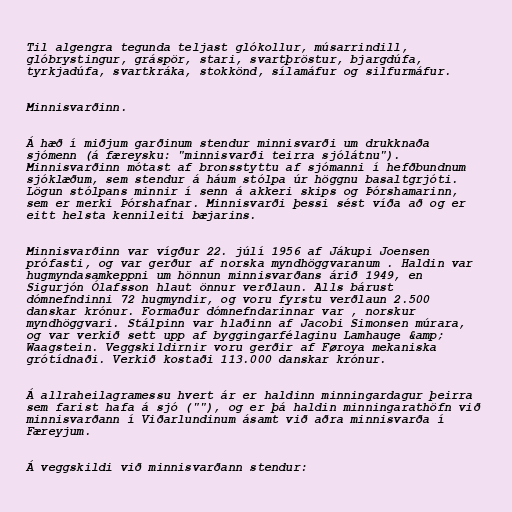
Til algengra tegunda teljast glókollur, músarrindill,
glóbrystingur, gráspör, stari, svartþröstur, bjargdúfa,
tyrkjadúfa, svartkráka, stokkönd, sílamáfur og silfurmáfur.

Minnisvarðinn.

Á hæð í miðjum garðinum stendur minnisvarði um drukknaða
sjómenn (á færeysku: "minnisvarði teirra sjólátnu").
Minnisvarðinn mótast af bronsstyttu af sjómanni í hefðbundnum
sjóklæðum, sem stendur á háum stólpa úr höggnu basaltgrjóti.
Lögun stólpans minnir í senn á akkeri skips og Þórshamarinn,
sem er merki Þórshafnar. Minnisvarði þessi sést víða að og er
eitt helsta kennileiti bæjarins.

Minnisvarðinn var vígður 22. júlí 1956 af Jákupi Joensen
prófasti, og var gerður af norska myndhöggvaranum . Haldin var
hugmyndasamkeppni um hönnun minnisvarðans árið 1949, en
Sigurjón Ólafsson hlaut önnur verðlaun. Alls bárust
dómnefndinni 72 hugmyndir, og voru fyrstu verðlaun 2.500
danskar krónur. Formaður dómnefndarinnar var , norskur
myndhöggvari. Stálpinn var hlaðinn af Jacobi Simonsen múrara,
og var verkið sett upp af byggingarfélaginu Lamhauge &amp;
Waagstein. Veggskildirnir voru gerðir af Føroya mekaniska
grótídnaði. Verkið kostaði 113.000 danskar krónur.

Á allraheilagramessu hvert ár er haldinn minningardagur þeirra
sem farist hafa á sjó (""), og er þá haldin minningarathöfn við
minnisvarðann í Viðarlundinum ásamt við aðra minnisvarða í
Færeyjum.

Á veggskildi við minnisvarðann stendur: